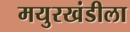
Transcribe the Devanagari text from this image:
मयुरखंडीला